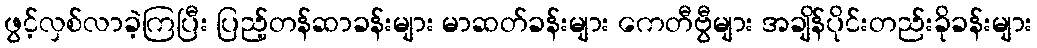
ဖွင့်လှစ်လာခဲ့ကြပြီး ပြည့်တန်ဆာခန်းများ မာဆတ်ခန်းများ ကေတီဗွီများ အချိန်ပိုင်းတည်းခိုခန်းများ